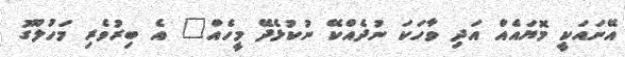
އޭނައަކީ މޮޔައެއް އަދި ވާހަކަ ނުދެއްކޭ ނުކުޅެދޭ މީހެއް" އެ ބިރުވެރި މަހުލޫގު